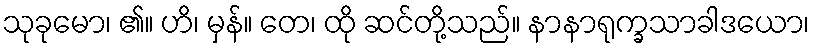
သုခုမော၊ ၏။ ဟိ၊ မှန်။ တေ၊ ထို ဆင်တို့သည်။ နာနာရုက္ခသာခါဒယော၊